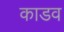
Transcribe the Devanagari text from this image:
काडव